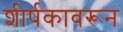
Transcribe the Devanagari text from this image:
शीर्षकावरून